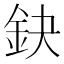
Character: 鈌